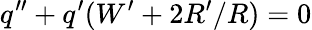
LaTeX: q^{\prime\prime}+q^{\prime}(W^{\prime}+2R^{\prime}/R)=0